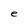
Character: e